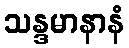
သန္ဒမာနာနံ